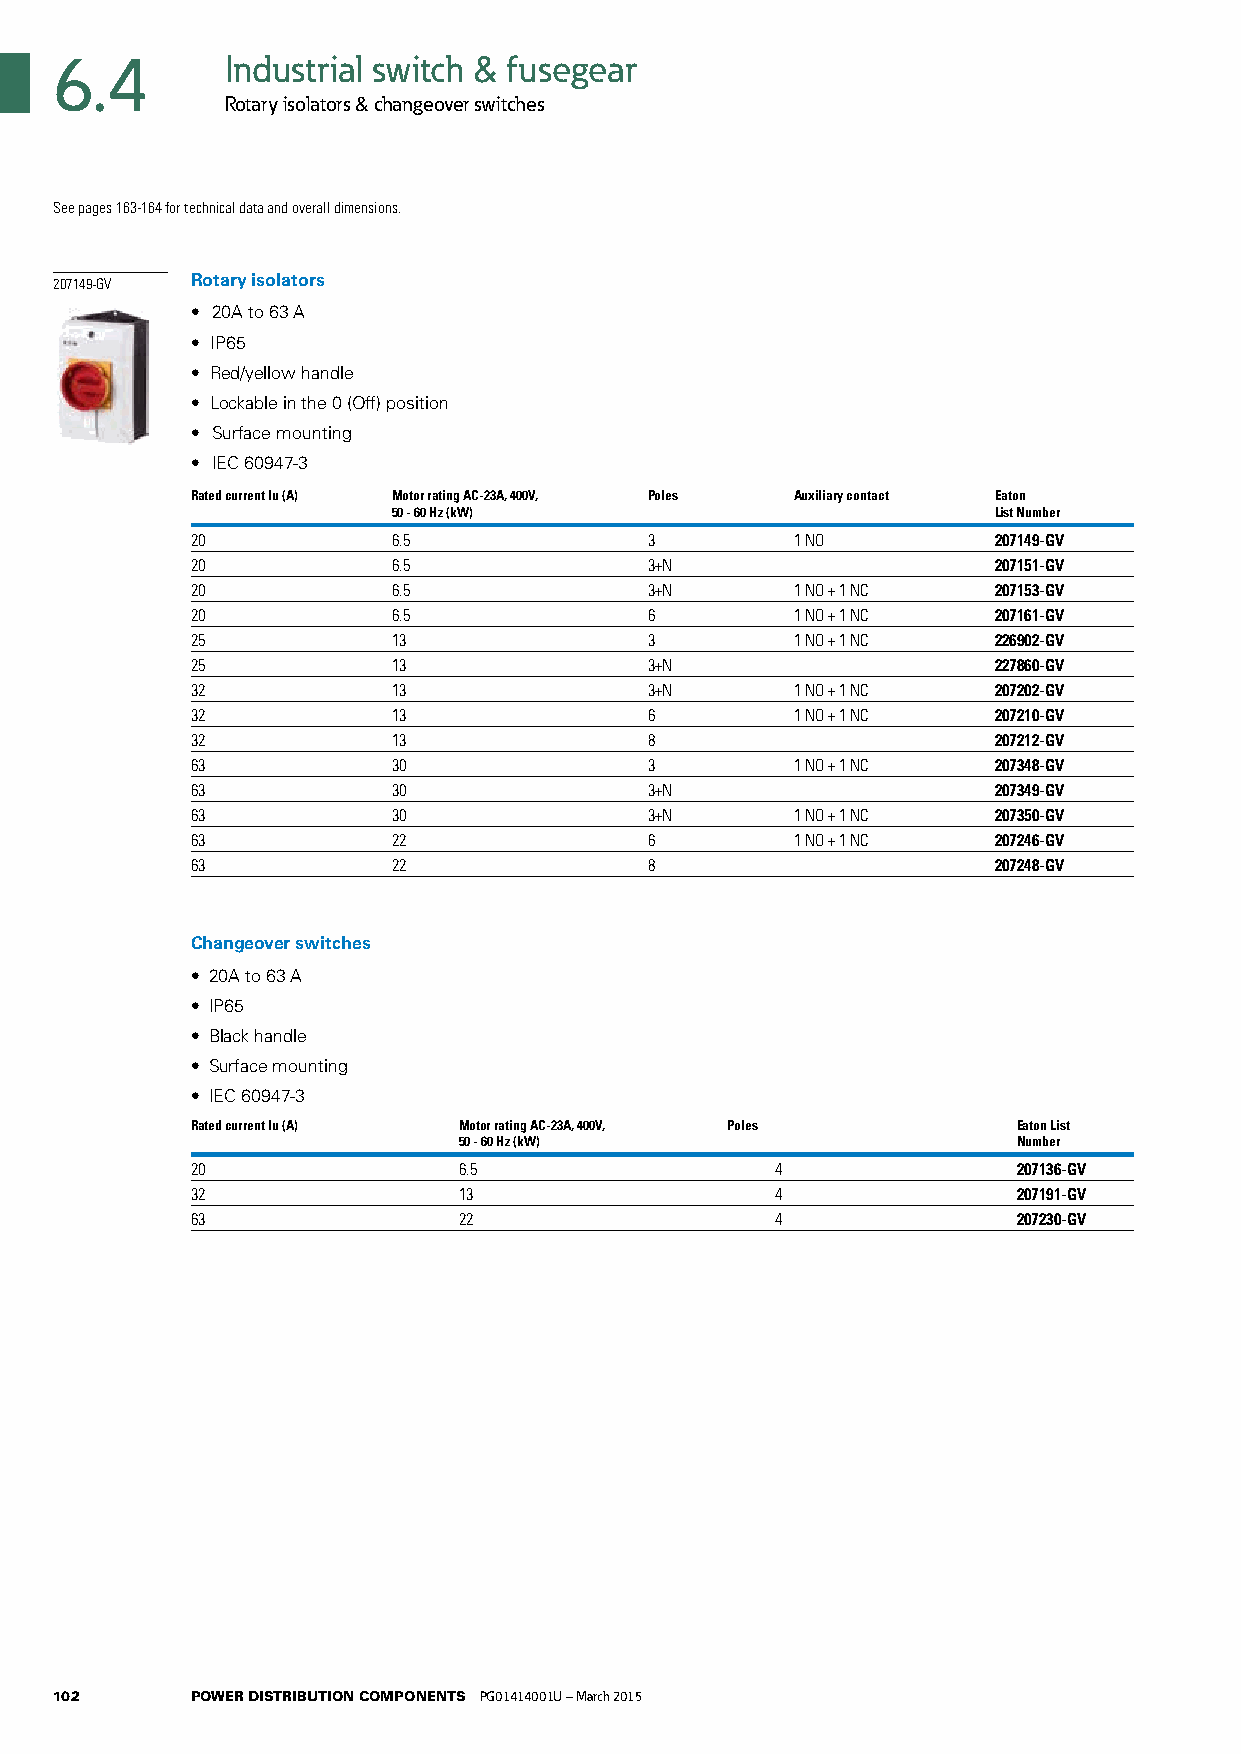
6.4        Industrial switch & fusegear
 Rotary isolators & changeover switches
 See pages 163-164 for technical data and overall dimensions.
 x2x0x7x1x49-GV Rotary isolators
 • 20A to 63 A
 • IP65
 • Red/yellow handle
 • Lockable in the 0 (Off) position
 • Surface mounting
 • IEC 60947-3
 Rated current Iu (A) Motor rating AC-23A, 400V, Poles Auxiliary contact Eaton
 50 - 60 Hz (kW)                         List Number
 20           6.5              3         1 NO         207149-GV
 20           6.5              3+N                    207151-GV
 20           6.5              3+N       1 NO + 1 NC  207153-GV
 20           6.5              6         1 NO + 1 NC  207161-GV
 25           13               3         1 NO + 1 NC  226902-GV
 25           13               3+N                    227860-GV
 32           13               3+N       1 NO + 1 NC  207202-GV
 32           13               6         1 NO + 1 NC  207210-GV
 32           13               8                      207212-GV
 63           30               3         1 NO + 1 NC  207348-GV
 63           30               3+N                    207349-GV
 63           30               3+N       1 NO + 1 NC  207350-GV
 63           22               6         1 NO + 1 NC  207246-GV
 63           22               8                      207248-GV
 Changeover switches
 • 20A to 63 A
 • IP65
 • Black handle
 • Surface mounting
 • IEC 60947-3
 Rated current Iu (A) Motor rating AC-23A, 400V, Poles Eaton List
 50 - 60 Hz (kW)                      Number
 20               6.5                  4               207136-GV
 32               13                   4               207191-GV
 63               22                   4               207230-GV
 102      POWER DISTRIBUTION COMPONENTS PG01414001U – March 2015